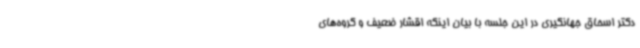
دکتر اسحاق جهانگیری در این جلسه با بیان اینکه اقشار ضعیف و گروه‌های